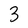
Character: 3